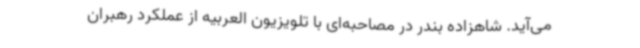
می‌آید. شاهزاده بندر در مصاحبه‌ای با تلویزیون العربیه از عملکرد رهبران